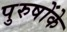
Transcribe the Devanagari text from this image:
पुरुषोंके